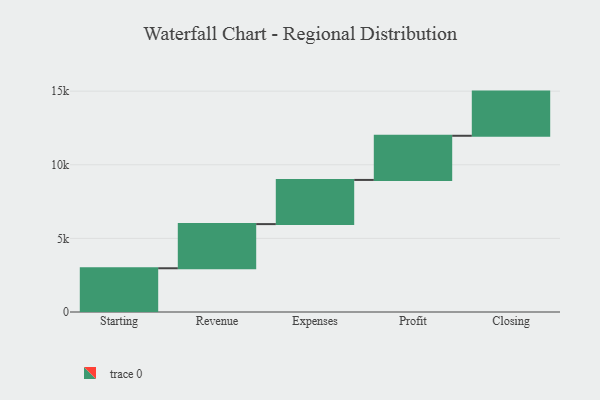
{"axis": {"x": "Step", "y": "Value"}, "legend": [""], "data": [{"x": "Starting", "y": 2971.0, "type": ""}, {"x": "Revenue", "y": 3000, "type": ""}, {"x": "Expenses", "y": 3000, "type": ""}, {"x": "Profit", "y": 3000, "type": ""}, {"x": "Closing", "y": 3000, "type": ""}]}